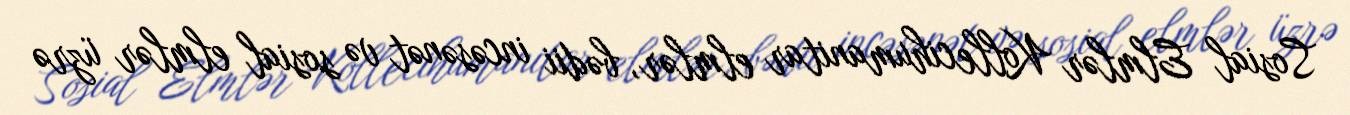
Sosial Elmlər Kollecihumanitar elmlər, bədii incəsənət və sosial elmlər üzrə